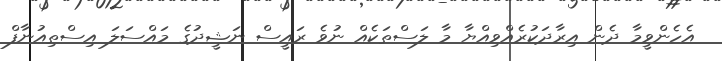
އެހެންވީމާ ދެން އިރާދަކުރެއްވިއްޔާ މާ ލަސްތަކެއް ނުވެ ރައީސް ނަޝީދުގެ މައްސަލަ އިސްތިއުނާފް